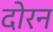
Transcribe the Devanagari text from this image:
दोरन